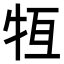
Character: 𤙆